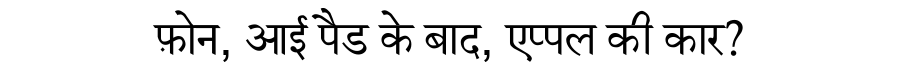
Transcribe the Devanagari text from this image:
फ़ोन, आई पैड के बाद, एप्पल की कार?